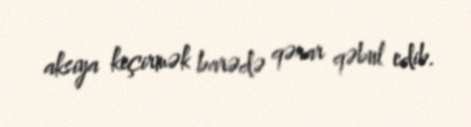
aksiya keçirmək barədə qərar qəbul edib.